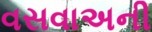
વસવાઅની